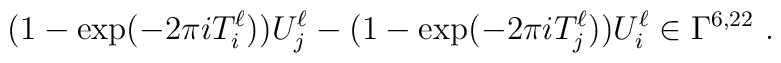
(1-\exp(-2\pi i T^\ell_i ))U^\ell_j -(1-\exp(-2\pi i T^\ell_j ))U^\ell_i \in \Gamma^{6,22}~.